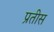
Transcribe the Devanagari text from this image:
प्रतीस